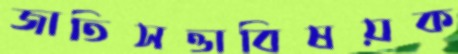
জাতিসত্তাবিষয়ক